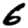
Digit: 6